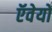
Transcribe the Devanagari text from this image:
ऍवेयो